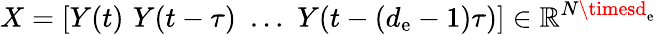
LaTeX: X=[Y(t)\, \, Y(t-\tau)\, \, \ldots\, \, Y(t-(d_{\mathrm{e}}-1)\tau)]\in\mathbb{{R}}^{N\timesd_{\mathrm{e}}}